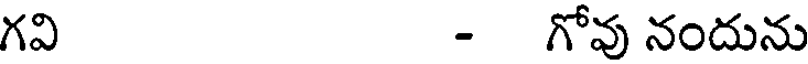
గవి - గోవు నందును